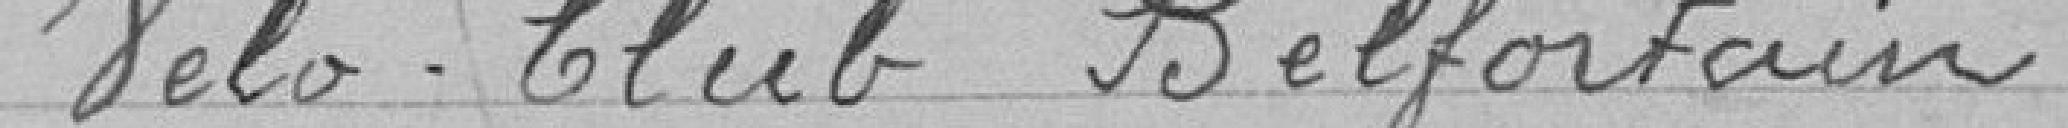
Vélo Club Belfortain